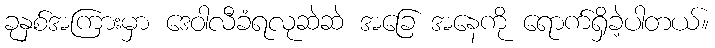
ခုနှစ်အကြားမှာ ဒေဝါလီခံရလုဆဲဆဲ အခြေ အနေကို ရောက်ရှိခဲ့ပါတယ်။